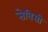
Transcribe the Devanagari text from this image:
सेविसी